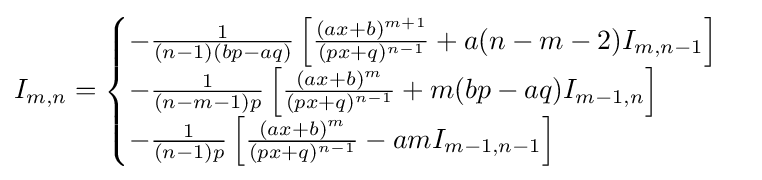
I_{m,n}={\begin{cases}-{\frac {1}{(n-1)(bp-aq)}}\left[{\frac {(ax+b)^{m+1}}{(px+q)^{n-1}}}+a(n-m-2)I_{m,n-1}\right]\\-{\frac {1}{(n-m-1)p}}\left[{\frac {(ax+b)^{m}}{(px+q)^{n-1}}}+m(bp-aq)I_{m-1,n}\right]\\-{\frac {1}{(n-1)p}}\left[{\frac {(ax+b)^{m}}{(px+q)^{n-1}}}-amI_{m-1,n-1}\right]\end{cases}}\,\!